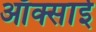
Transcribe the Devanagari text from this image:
ऑक्साई